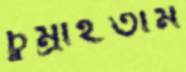
চুম্‌রাইতাম